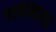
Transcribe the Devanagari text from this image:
परवानापत्र